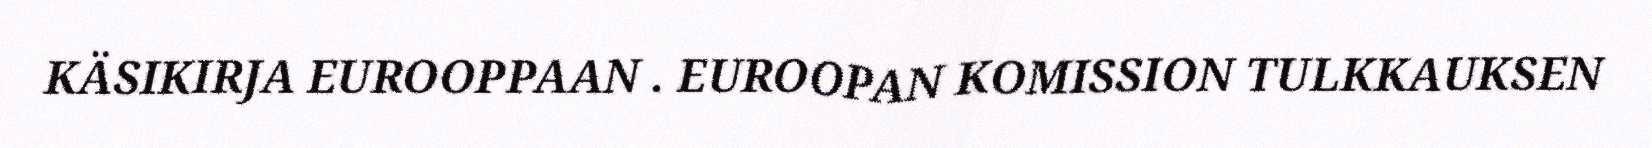
KÄSIKIRJA EUROOPPAAN . EUROOPAN KOMISSION TULKKAUKSEN